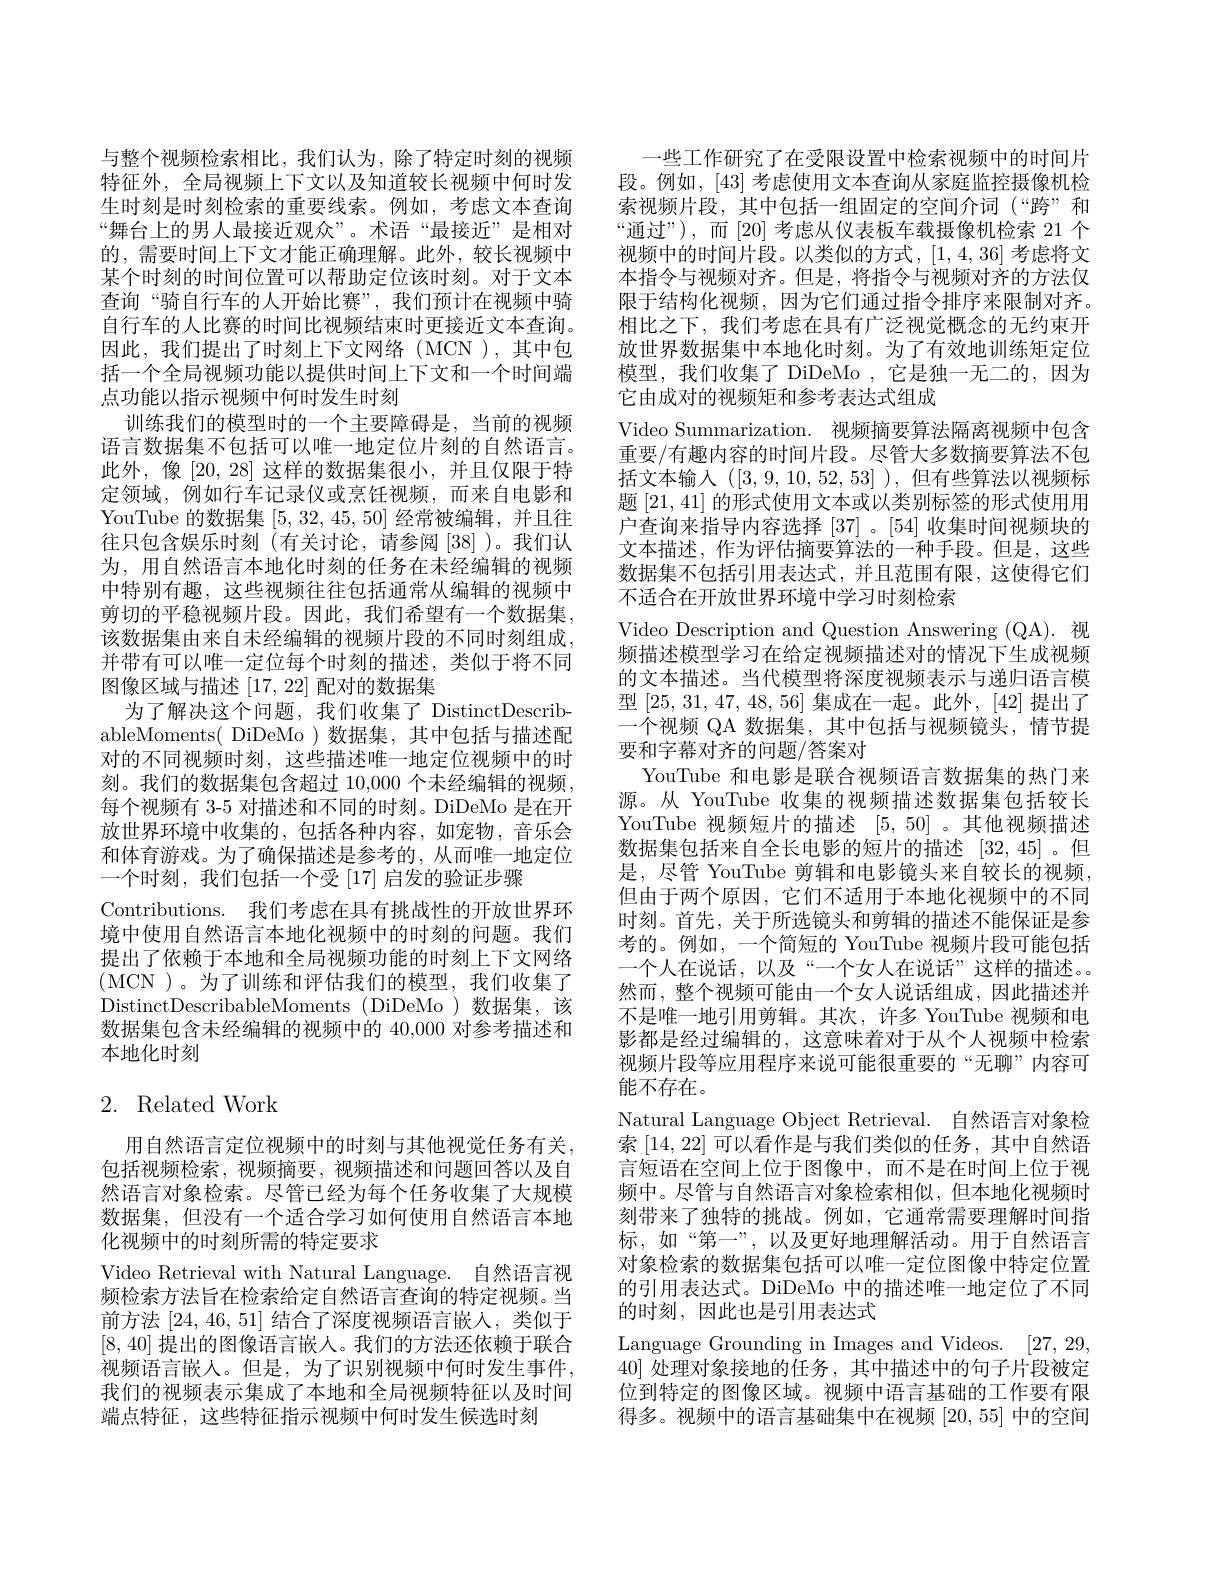
与整个视频检索相比，我们认为，除了特定时刻的视频特征外，全局视频上下文以及知道较长视频中何时发生时刻是时刻检索的重要线索。例如，考虑文本查询“舞台上的男人最接近观众”。术语“最接近”是相对的，需要时间上下文才能正确理解。此外，较长视频中某个时刻的时间位置可以帮助定位该时刻。对于文本查询“骑自行车的人开始比赛”,我们预计在视频中骑自行车的人比赛的时间比视频结束时更接近文本查询。因此，我们提出了时刻上下文网络(MCN),其中包括一个全局视频功能以提供时间上下文和一个时间端点功能以指示视频中何时发生时刻
训练我们的模型时的一个主要障碍是，当前的视频语言数据集不包括可以唯一地定位片刻的自然语言。此外，像[20,28]这样的数据集很小，并且仅限于特定领域，例如行车记录仪或烹饪视频，而来自电影和YouTube 的数据集[5,32,45,50]经常被编辑，并且往往只包含娱乐时刻(有关讨论，请参阅[38])。我们认为，用自然语言本地化时刻的任务在未经编辑的视频中特别有趣，这些视频往往包括通常从编辑的视频中剪切的平稳视频片段。因此，我们希望有一个数据集， 该数据集由来自未经编辑的视频片段的不同时刻组成， 并带有可以唯一定位每个时刻的描述，类似于将不同图像区域与描述[17,22]配对的数据集
为了解决这个问题，我们收集了 DistinctDescribableMoments( DiDeMo)数据集，其中包括与描述配对的不同视频时刻，这些描述唯一地定位视频中的时刻。我们的数据集包含超过 10,000 个未经编辑的视频， 每个视频有 3-5 对描述和不同的时刻。DiDeMo 是在开放世界环境中收集的，包括各种内容，如宠物，音乐会和体育游戏。为了确保描述是参考的，从而唯一地定位一个时刻，我们包括一个受 [17] 启发的验证步骤
Contributions. 我们考虑在具有挑战性的开放世界环境中使用自然语言本地化视频中的时刻的问题。我们提出了依赖于本地和全局视频功能的时刻上下文网络(MCN )。为了训练和评估我们的模型，我们收集了DistinctDescribableMoments (DiDeMo)数据集，该数据集包含未经编辑的视频中的 40,000 对参考描述和本地化时刻

# 2. Related Work

用自然语言定位视频中的时刻与其他视觉任务有关。包括视频检索，视频摘要，视频描述和问题回答以及自然语言对象检索。尽管已经为每个任务收集了大规模数据集，但没有一个适合学习如何使用自然语言本地化视频中的时刻所需的特定要求
Video Retrieval with Natural Language. 自然语言视频检索方法旨在检索给定自然语言查询的特定视频。当前方法[24,46,51]结合了深度视频语言嵌入，类似于[8,40]提出的图像语言嵌人。我们的方法还依赖于联合视频语言嵌人。但是，为了识别视频中何时发生事件， 我们的视频表示集成了本地和全局视频特征以及时间端点特征，这些特征指示视频中何时发生候选时刻

一些工作研究了在受限设置中检索视频中的时间片段。例如，[43]考虑使用文本查询从家庭监控摄像机检索视频片段，其中包括一组固定的空间介词(“跨”和“通过”),而[20] 考虑从仪表板车载摄像机检索 21 个视频中的时间片段。以类似的方式，[1,4,36]考虑将文本指令与视频对齐。但是，将指令与视频对齐的方法仅限于结构化视频，因为它们通过指令排序来限制对齐。相比之下，我们考虑在具有广泛视觉概念的无约束开放世界数据集中本地化时刻。为了有效地训练矩定位模型，我们收集了 DiDeMo ,它是独一无二的，因为它由成对的视频矩和参考表达式组成
Video Summarization. 视频摘要算法隔离视频中包含重要/有趣内容的时间片段。尽管大多数摘要算法不包括文本输入([3,9,10,52,53]),但有些算法以视频标题[21,41]的形式使用文本或以类别标签的形式使用用户查询来指导内容选择[37] 。[54] 收集时间视频块的文本描述，作为评估摘要算法的一种手段。但是，这些数据集不包括引用表达式，并且范围有限，这使得它们不适合在开放世界环境中学习时刻检索
Video Description and Question Answering (QA). 视频描述模型学习在给定视频描述对的情况下生成视频的文本描述。当代模型将深度视频表示与递归语言模型[25,31,47,48,56]集成在一起。此外，[42]提出了一个视频 QA 数据集，其中包括与视频镜头，情节提要和字幕对齐的问题/答案对
YouTube 和电影是联合视频语言数据集的热门来源。从 YouTube 收集的视频描述数据集包括较长YouTube 视频短片的描述[5,50] 。其他视频描述数据集包括来自全长电影的短片的描述[32,45] 。但是，尽管 YouTube 剪辑和电影镜头来自较长的视频， 但由于两个原因，它们不适用于本地化视频中的不同时刻。首先，关于所选镜头和剪辑的描述不能保证是参考的。例如，一个简短的 YouTube 视频片段可能包括一个人在说话，以及“一个女人在说话”这样的描述。。然而，整个视频可能由一个女人说话组成，因此描述并不是唯一地引用剪辑。其次，许多 YouTube 视频和电影都是经过编辑的，这意味着对于从个人视频中检索视频片段等应用程序来说可能很重要的“无聊”内容可能不存在。
Natural Language Object Retrieval. 自然语言对象检索[14,22]可以看作是与我们类似的任务，其中自然语言短语在空间上位于图像中，而不是在时间上位于视频中。尽管与自然语言对象检索相似，但本地化视频时刻带来了独特的挑战。例如，它通常需要理解时间指标，如“第一”,以及更好地理解活动。用于自然语言对象检索的数据集包括可以唯一定位图像中特定位置的引用表达式。DiDeMo 中的描述唯一地定位了不同的时刻，因此也是引用表达式
Language Grounding in Images and Videos. [27,29, 40]处理对象接地的任务，其中描述中的句子片段被定位到特定的图像区域。视频中语言基础的工作要有限得多。视频中的语言基础集中在视频[20,55]中的空间